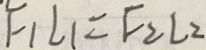
F _ { 1 } L _ { 1 } = F _ { 2 } L _ { 2 }